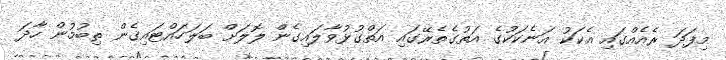
މިފަދަ ރެއެއްގައި އެކަކު އަނެކަކުގެ އަތުގެތެރޭގައި އަތްގުޅުވާލައިގެން ލޮލަށް ބަލަހައްޓައިގެން ތިބުމުން ހާދަ